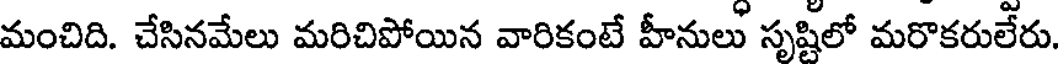
మంచిది. చేసినమేలు మరిచిపోయిన వారికంటే హీనులు సృష్టిలో మరొకరులేరు